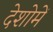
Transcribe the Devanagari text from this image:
देशोमें